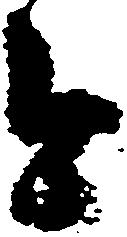
今